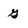
Character: G